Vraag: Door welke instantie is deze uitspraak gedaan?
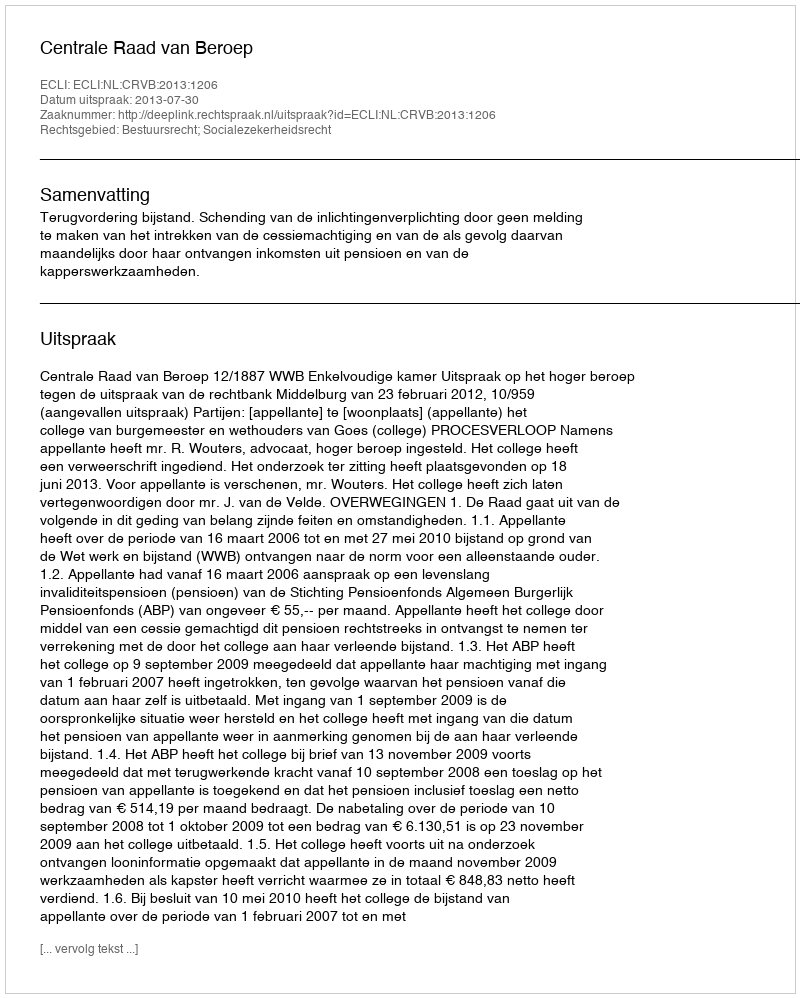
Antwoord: Centrale Raad van Beroep